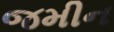
જમીન